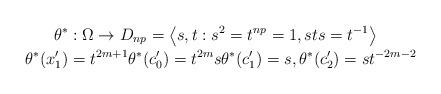
LaTeX: \begin{align*}\theta^{\ast} & :\Omega\rightarrow D_{np}=\left\langle s,t:s^{2}=t^{np}=1,sts=t^{-1}\right\rangle \\\theta^{\ast}(x_{1}^{\prime}) & =t^{2m+1}\theta^{\ast}(c_{0}^{\prime})=t^{2m}s\theta^{\ast}(c_{1}^{\prime})=s,\text{}\theta^{\ast}(c_{2}^{\prime})=st^{-2m-2}\end{align*}